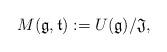
LaTeX: \begin{align*}M(\mathfrak{g},\mathfrak{t}):= U(\mathfrak{g})/\mathfrak{J},\end{align*}